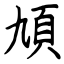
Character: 頄